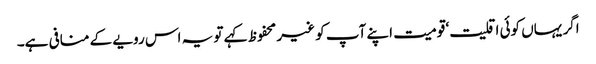
اگر یہاں کوئی اقلیت‘ قومیت اپنے آپ کو غیر محفوظ کہے تو یہ اس رویے کے منافی ہے۔